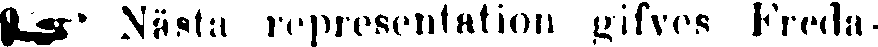
☞ Nästa representation givfes Freda.